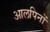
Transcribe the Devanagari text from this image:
आलपिनों